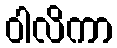
ဝါလိကာ